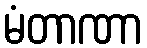
မံတာဏာ